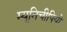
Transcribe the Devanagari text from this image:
म्यूनिचीपियो